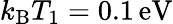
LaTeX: {k_{\mathrm B}T_{1}=0.1\, \mathrm{eV}}